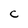
Character: C